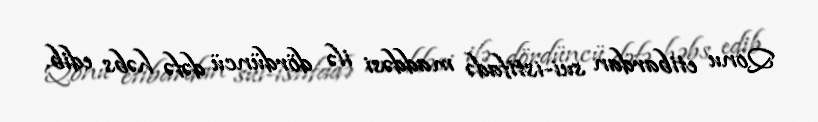
Qonu etibardan sui-istifadə maddəsi ilə dördüncü dəfə həbs edib.